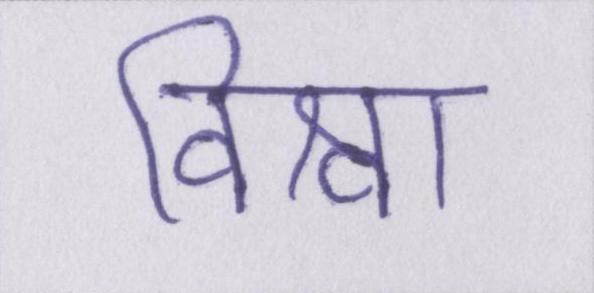
विश्वा